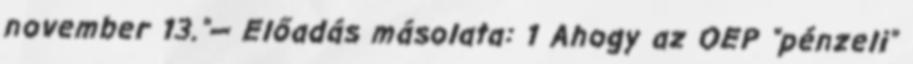
november 13."— Előadás másolata: 1 Ahogy az OEP "pénzeli"